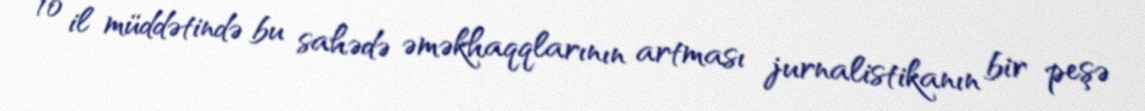
10 il müddətində bu sahədə əməkhaqqlarının artması jurnalistikanın bir peşə